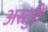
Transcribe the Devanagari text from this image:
अस्तुरी